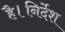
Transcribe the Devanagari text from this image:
है।निर्देश